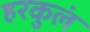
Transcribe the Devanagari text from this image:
हरकुलं